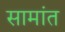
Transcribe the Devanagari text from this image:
सामांत